Report on sanitation, dispensaries, and jails in Rajputana for 1916, and on vaccination for the year 1916-1917 - 1916-1917
Year: 1916
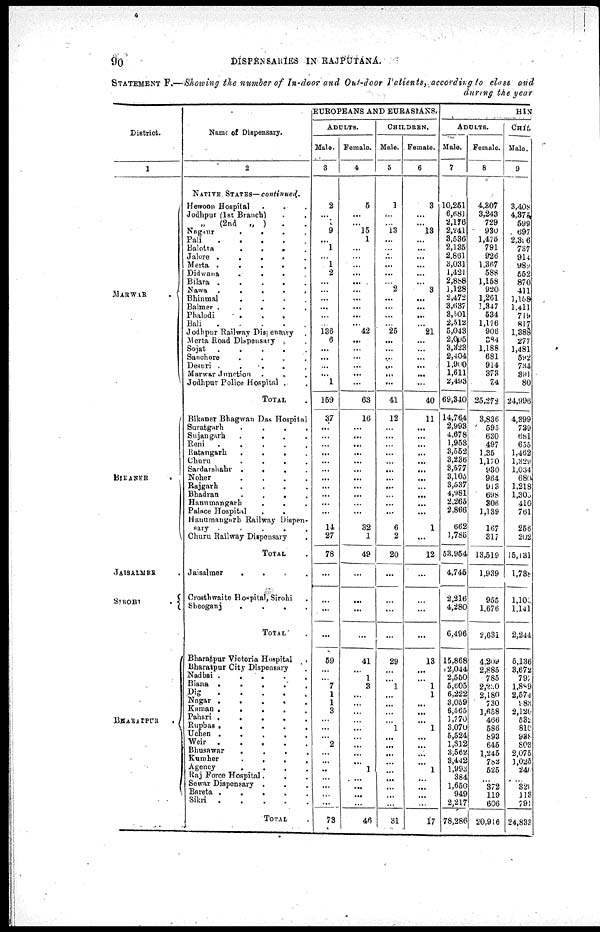
90
DISPENSARIES IN RAJPUTANA.
STATEMENT F.—Showing the number of In-door and Out-door Patients, according to class and
during the year
District.
1
MARWAR
BIKANER
JAISALMER
SIROHI
BHARATPUR.
Name of Dispensary.
2
NATIVE
STATES—continued.
Hewoon Hospital
...
Jodhpur (1st Branch) . .
„
(2nd
„ ) . .
Nagaur
.
.
.
Pali...
Balotra . . .
Jalore
.
.
.
Merta
.
.
.
Didwana
.
.
.
Bilara
.
.
.
Nawa
.
.
.
.
Bhinmal . . . .
Balmer
.
.
.
.
Phalodi
.
.
.
.
Bali . . . .
Jodhpur Railway Dispensary .
Merta Road Dispensari . .
Sojat . . . .
Sanchore . . . .
Desuri . . . .
Marwar Junction . . . .
Jodhpur Police Hospital ..
TOTAL.
Bikaner Bhagwan Das hospital
Suratgarh
.
.
.
Sujangarh . . . .
Reni . . ..
Ratangarh
.
.
.
.
Churu
.
.
.
.
Sardarshahr . . . .
Noher
.
.
..
Rajgarh
.
.
.
.
Bhadran
.
.
.
.
Hanumangarh
.
.
.
.
Palace Hospital . . . .
Hanumangarh Railway dispen-
sari . . . .
Churu Railway Dispensary .
TOTAL .
Jaisalmer . . .
Crosthiwaite Hospital Sirohi . . .
Sheoganj
.
.
.
.
TOTAL.
Bharatpur Victoria Hospital .
Bharatpur City Dispensary .
Nadbai . . ..
Biana
.
.
..
Dig
.
.
..
Nagar
....
Kaman....
Pahari
....
Rupbas
....
Uchen
....
Weir....
Bhusawar
....
Kumher
....
Agency....
Raj Force Hospital
....
Sewar Dispensary
....
Bareta
....
Sikri ....
TOTAL.
EUROPEANS AND EURASIANS.
ADULTS.
Male.
3
2
...
...
9
...
1
...
1
2
...
...
...
...
...
...
136
6
...
...
...
...
1
159
37
...
...
...
...
...
...
...
...
...
...
...
14
27
78
...
. . .
...
...
59
...
. . .
7
1
1
3
...
...
...
2
...
...
...
...
...
...
...
73
Female.
4
5
...
...
15
1
...
...
...
...
...
...
...
...
...
...
42
...
...
...
...
...
...
63
16
...
...
...
...
...
...
...
...
...
...
...
32
1
49
. . .
. . .
...
. . .
41
...
11
3
. . .
...
...
...
...
...
...
...
...
1
...
...
...
...
46
CHILDREN.
Male.
5
1
...
...
13
...
...
...
...
...
...
2
...
...
...
...
25
...
...
...
...
...
...
41
12
...
...
...
...
...
...
...
...
...
...
...
6
2
20
...
. . .
...
. . .
29
. . .
. . .
1
. . .
...
...
...
1
...
...
...
...
...
...
...
...
...
31
Female.
6
3
...
...
13
...
...
...
...
...
...
3
...
...
...
...
21
...
...
...
...
...
...
40
11
...
...
...
...
...
...
...
...
...
...
...
1
...
12
...
. . .
. . .
. . .
13
. . .
. . .
1
1
...
...
...
1
...
...
...
...
1
...
...
...
...
17
HIN
ADULTS.
Male.
7
10,251
6,681
2,176
2,241
3,536
2,135
2,861
3,031
1,421
2,888
1,128
2,472
3,637
3,501
2,512
5,043
2,095
3,323
2,404
l,900
1,611
2,493
69,340
14,764
2,993
4,678
1,953
3,552
3,236
3,577
3,105
3,537
4,981
2,265
2,866
662
1,785
53,954
4,745
2,216
4,280
6,496
15,868
2,044
2,550
5,605
6,222
3,059
6,565
1,770
3,070
5,524
1,312
3,562
3,442
1,993
384
1,650
949
2,217
78,286
Female.
8
4,307
3,243
729
930
1,476
791
926
1,367
588
1,158
920
1,261
1,347
534
1,176
906
384
1,188
681
914
373
74
25,272
3,836
595
630
497
1,350
1,170
930
964
913
698
306
1,139
167
317
13,519
1,939
955
1,676
2,631
4,209
2,885
785
2,230
2,180
730
1,658
466
586
893
646
1,245
782
525
...
372
119
606
20,916
CHIL
Male.
9
3,408
4,375
599
697
2,306
737
914
989
552
870
411
1,158
1,411
719
817
1,388
277
1,481
592
734
391
80
24,996
4,399
739
691
655
1,462
1,329
1,034
680
1,218
1,305
410
761
256
202
15,131
l,738
1,103
1,141
2,244
5,136
3,672
797
1,889
2,574
983
2,120
532
810
938
803
2,075
1,025
246
...
329
113
791
24,833